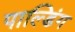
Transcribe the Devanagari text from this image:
पाल्डिंग